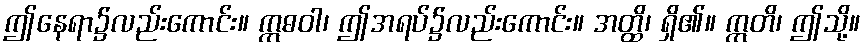
ဤနေရာ၌လည်းကောင်း။ ဣဓဝါ၊ ဤအရပ်၌လည်းကောင်း။ အတ္ထိ၊ ရှိ၏။ ဣတိ၊ ဤသို့။